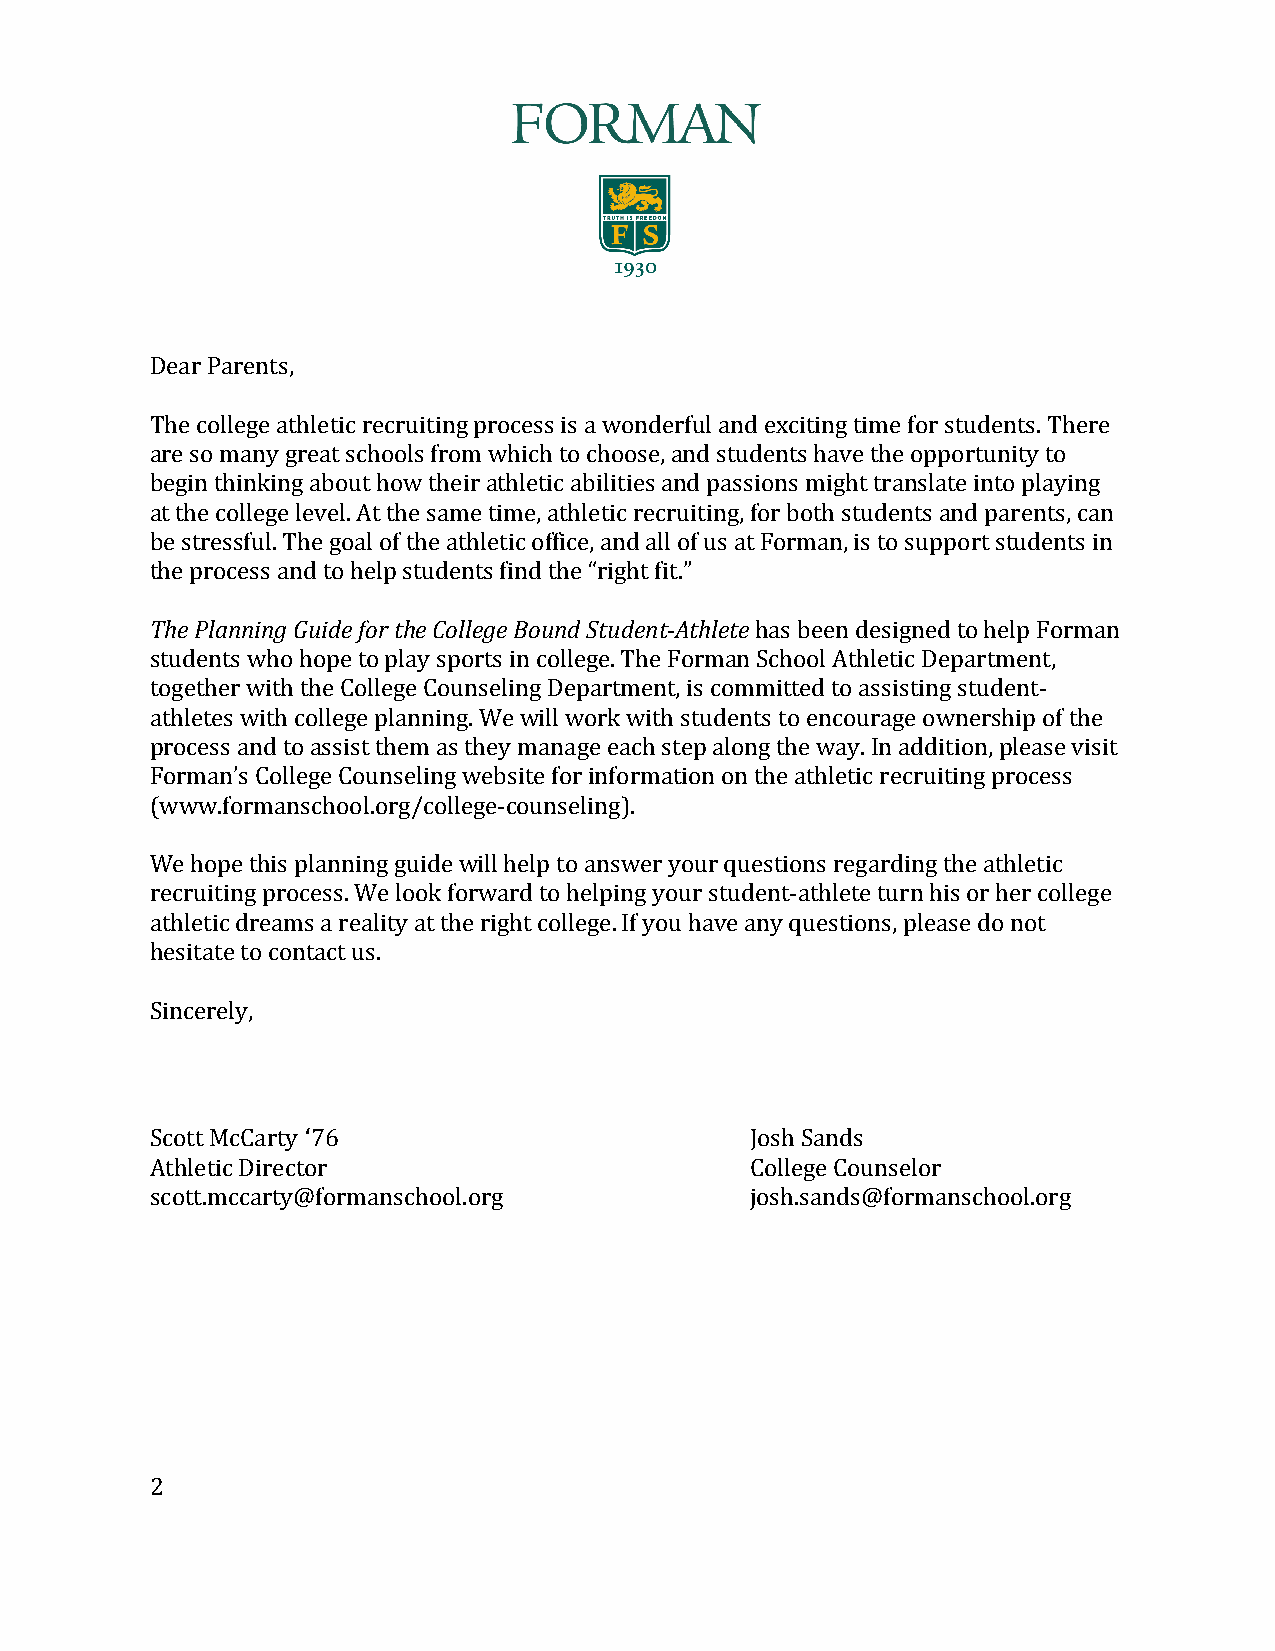
Dear Parents,
 The college athletic recruiting process is a wonderful and exciting time for students. There
 are so many great schools from which to choose, and students have the opportunity to
 begin thinking about how their athletic abilities and passions might translate into playing
 at the college level. At the same time, athletic recruiting, for both students and parents, can
 be stressful. The goal of the athletic office, and all of us at Forman, is to support students in
 the process and to help students find the “right fit.”
 The Planning Guide for the College Bound Student-­‐Athlete has been designed to help Forman
 students who hope to play sports in college. The Forman School Athletic Department,
 together with the College Counseling Department, is committed to assisting student-­‐
 athletes with college planning. We will work with students to encourage ownership of the
 process and to assist them as they manage each step along the way. In addition, please visit
 Forman’s College Counseling website for information on the athletic recruiting process
 (www.formanschool.org/college-­‐counseling).
 We hope this planning guide will help to answer your questions regarding the athletic
 recruiting process. We look forward to helping your student-­‐athlete turn his or her college
 athletic dreams a reality at the right college. If you have any questions, please do not
 hesitate to contact us.
 Sincerely,
 Scott McCarty ‘76                       Josh Sands
 Athletic Director                       College Counselor
 scott.mccarty@formanschool.org          josh.sands@formanschool.org
 2